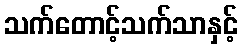
သက်တောင့်သက်သာနှင့်